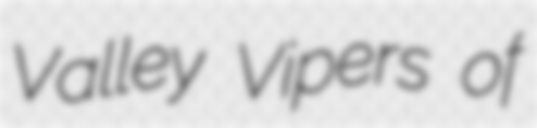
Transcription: Valley Vipers of